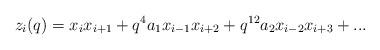
LaTeX: \begin{align*}z_i(q)=x_ix_{i+1}+q^4a_1x_{i-1}x_{i+2}+q^{12}a_2x_{i-2}x_{i+3}+... \end{align*}